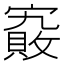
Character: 𡫄